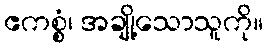
ဧကစ္စံ၊ အချို့သောသူကို။